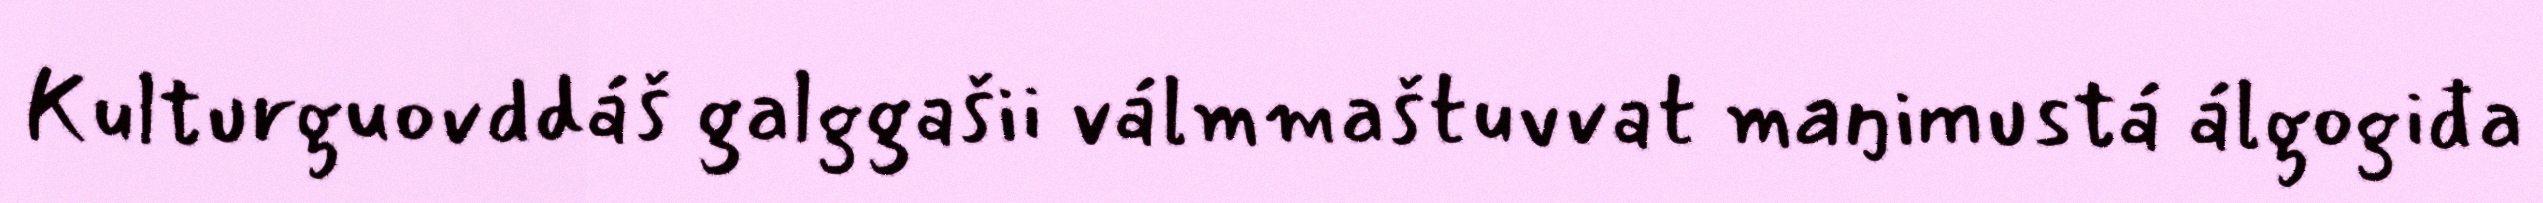
Kulturguovddáš galggašii válmmaštuvvat maŋimustá álgogiđa